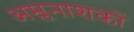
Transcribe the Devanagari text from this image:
अम्लनाशकों